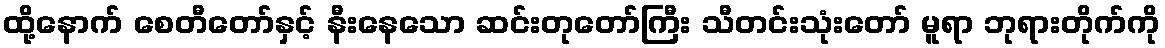
ထို့နောက် စေတီတော်နှင့် နီးနေသော ဆင်းတုတော်ကြီး သီတင်းသုံးတော် မူရာ ဘုရားတိုက်ကို